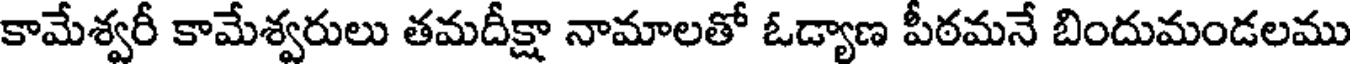
కామేశ్వరీ కామేశ్వరులు తమదీక్షా నామాలతో ఓడ్యాణ పీఠమనే బిందుమండలము